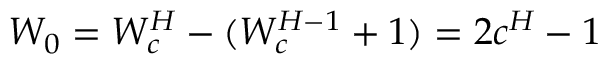
W _ { 0 } = \boldsymbol { W _ { c } ^ { H } } - ( \boldsymbol { W _ { c } ^ { H - 1 } + 1 ) } = 2 c ^ { H } - 1